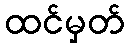
ထင်မှတ်